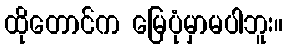
ထိုတောင်က မြေပုံမှာမပါဘူး။